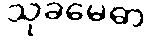
သုခမေဓာ